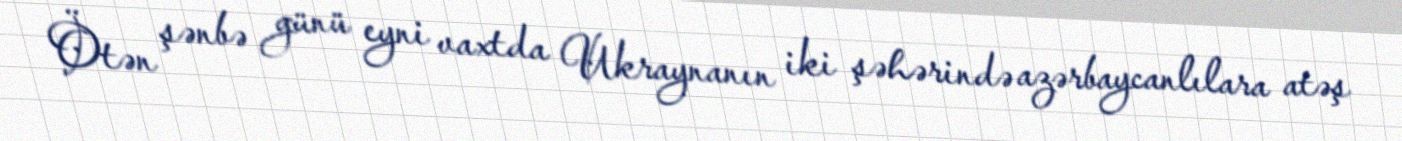
Ötən şənbə günü eyni vaxtda Ukraynanın iki şəhərində azərbaycanlılara atəş